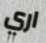
اري